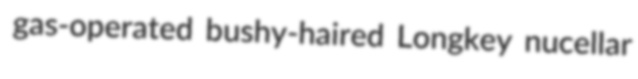
gas-operated bushy-haired Longkey nucellar